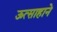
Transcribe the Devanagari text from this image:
ऊत्साहाने